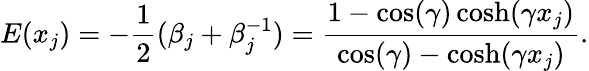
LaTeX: E(x_{j})=-\frac{1}{2}(\beta_{j}+\beta_{j}^{-1})=\frac{1-\cos(\gamma)\cosh(\gamma x_{j})}{\cos(\gamma)-\cosh(\gamma x_{j})}.